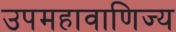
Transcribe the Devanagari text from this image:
उपमहावाणिज्य